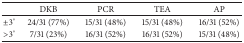
<table><thead><tr><td><b> </b></td><td><b>DKB</b></td><td><b>PCR</b></td><td><b>TEA</b></td><td><b>AP</b></td></tr></thead><tbody><tr><td>±3°</td><td>24/31 (77%)</td><td>15/31 (48%)</td><td>15/31 (48%)</td><td>16/31 (52%)</td></tr><tr><td>&gt;3°</td><td>7/31 (23%)</td><td>16/31 (52%)</td><td>16/31 (52%)</td><td>15/31 (48%)</td></tr></tbody></table>